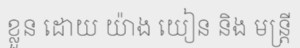
ខ្លួន ដោយ យ៉ាង យៀន និង មន្ត្រី